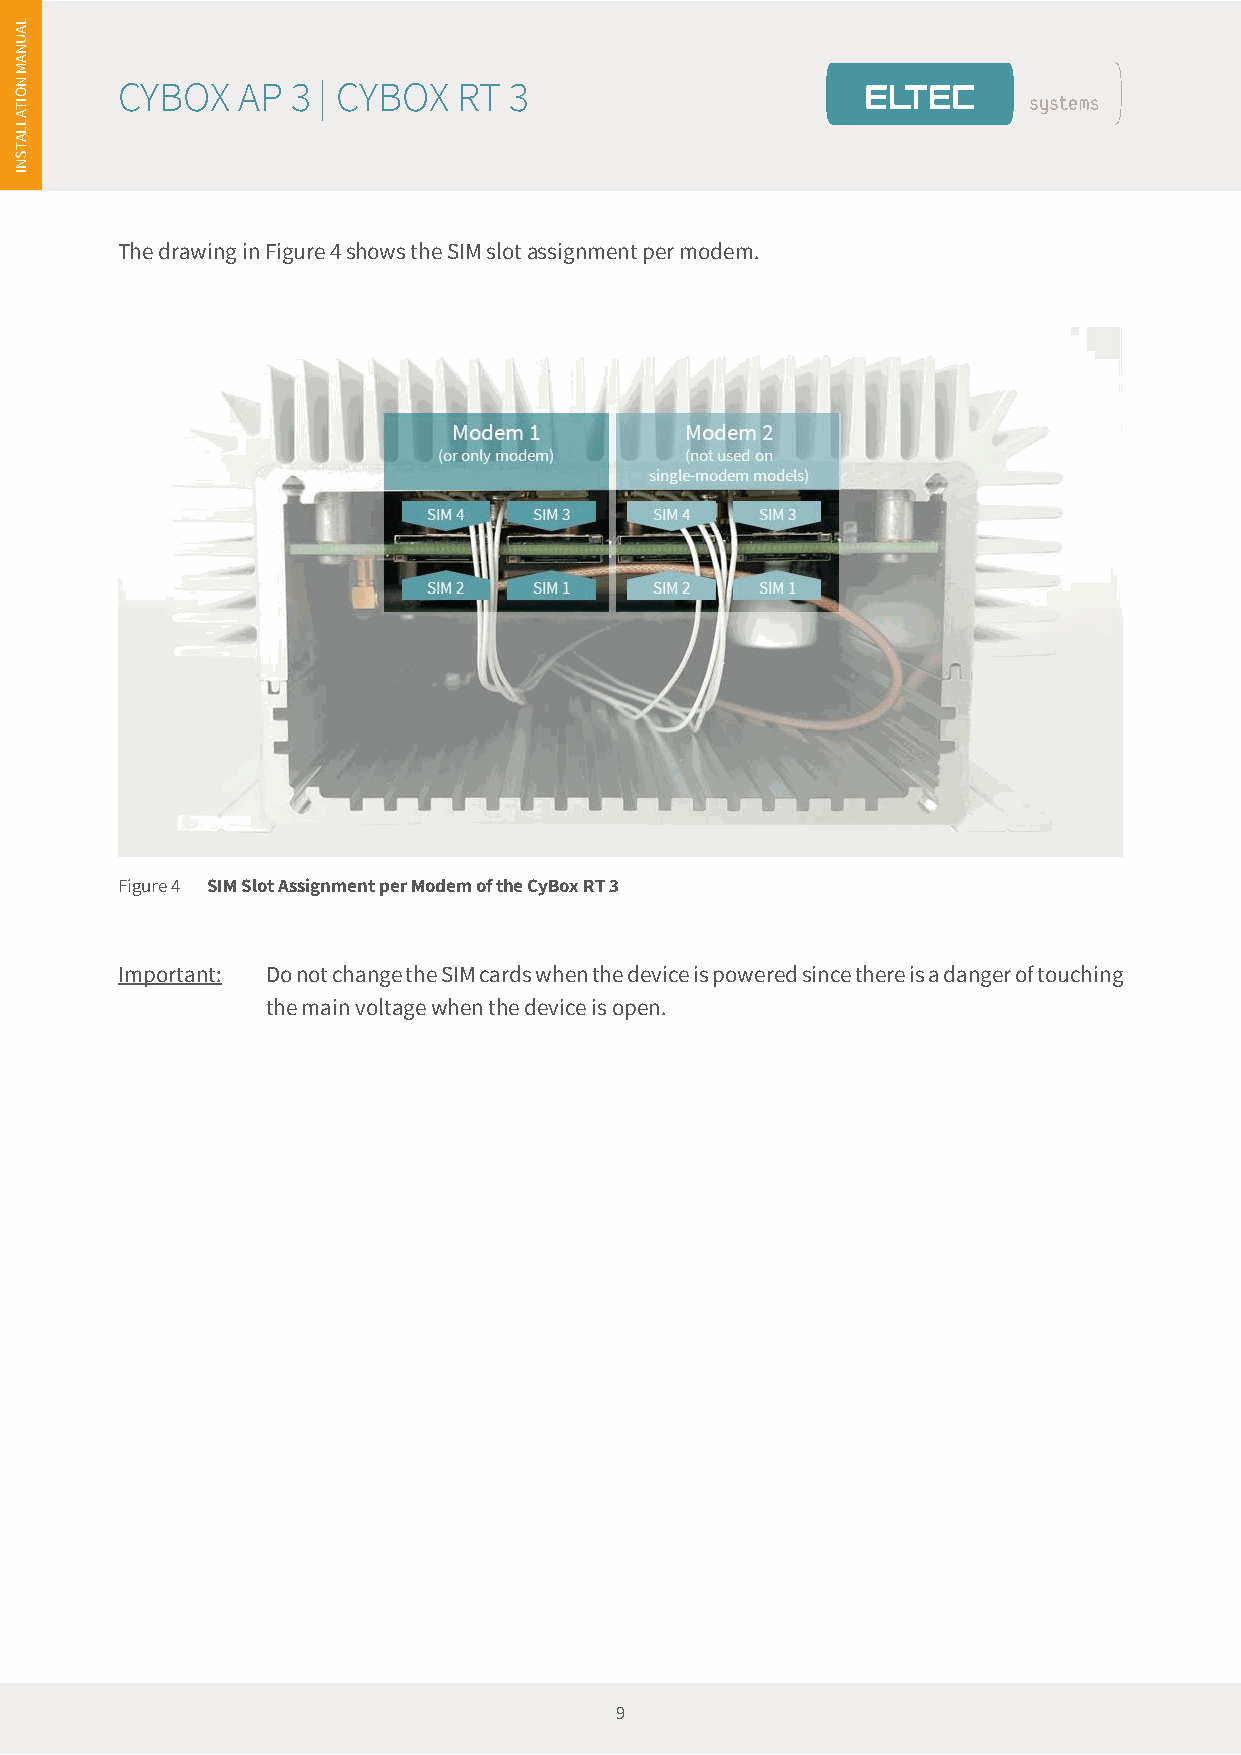
es
 L
 A
 U
 N
 A
 N
 M
 CYBOX   AP 3 | CYBOX  RT  3
 O
 TI
 A
 L
 L
 A
 T
 S
 N
 I
 The drawing in Figure 4 shows the SIM slot assignment per modem.
 Figure 4 SIM Slot Assignment per Modem of the CyBox RT 3
 Important: Do not change the SIM cards when the device is powered since there is a danger of touching
 the main voltage when the device is open.
 9